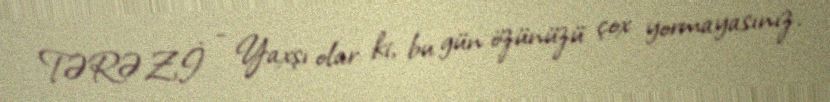
TƏRƏZİ - Yaxşı olar ki, bu gün özünüzü çox yormayasınız.